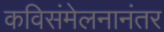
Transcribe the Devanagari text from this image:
कविसंमेलनानंतर